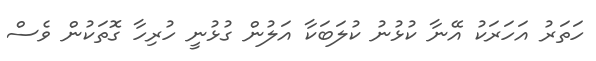
ހަތަރު އަހަރަކު އޭނާ ކުޅުނު ކުލަބަކާ އަލުން ގުޅުނީ ހުރިހާ ގޮތަކުން ވެސް